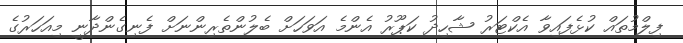
ފިލްމުތައް ކުޅެފައިވާ އެކްޓަރު ޝާހިދު ކަޕޫރު އެންމެ އަވަހަށް ބެލުންތެރިންނަށް ފެނިގެންދާނީ މިއަހަރުގެ